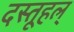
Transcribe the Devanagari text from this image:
दस्तूहल्